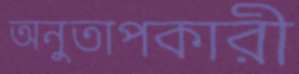
অনুতাপকারী